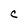
Character: C